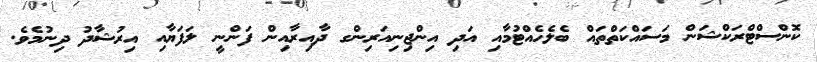
ކޮންސްޓްރަކްޝަން މަސައްކަތްތައް ބެލެހެއްޓުމާއި އަދި އިންޖިނިއަރިންގ ދާއިރާއިން ފަންނީ ލަފަޔާއި އިރުޝާދު ދިނުމެވެ.